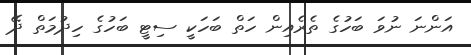
އަންނަ ނުވަ ބަހުގެ ތެރެއިން ހަތް ބަހަކީ ސިޓީ ބަހުގެ ހިދުމަތް ދޭ